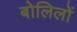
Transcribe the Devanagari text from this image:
बोलिलों